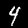
Digit: 4